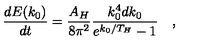
{ \frac { d E ( k _ { 0 } ) } { d t } } = { \frac { A _ { H } } { 8 \pi ^ { 2 } } } { \frac { k _ { 0 } ^ { 4 } d k _ { 0 } } { e ^ { k _ { 0 } / T _ { H } } - 1 } } \quad ,